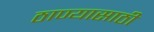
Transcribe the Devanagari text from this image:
ठाण्यासाठी